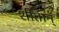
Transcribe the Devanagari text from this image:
शीतान्